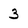
Character: 3